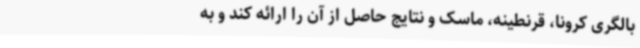
بالگری کرونا، قرنطینه، ماسک و نتایج حاصل از آن را ارائه کند و به‌